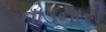
તોડનારી